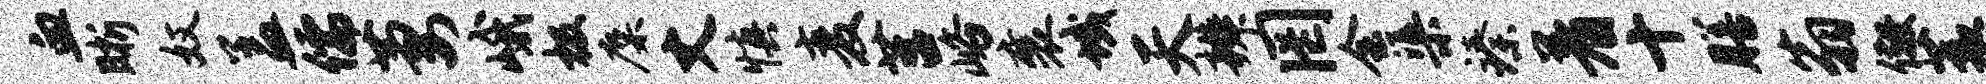
血晰奴盖儒萋峨极麋丈慎麦莒峪襄域天辨罔会渠臻着十膳翁儆蓑